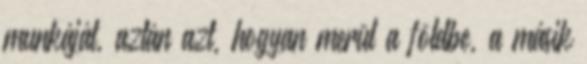
munkáját, aztán azt, hogyan merül a földbe, a másik